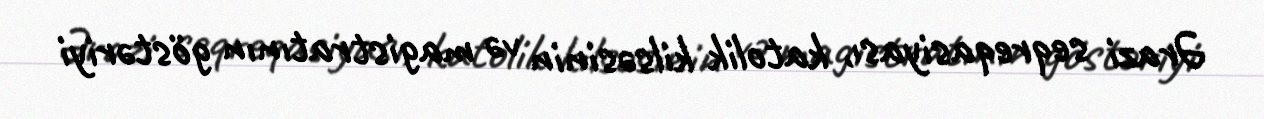
Ərazi seqreqasiyası, katolik kilsəsinin və magistratının göstəriyi